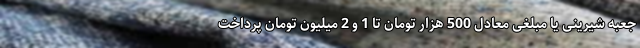
جعبه شیرینی یا مبلغی معادل 500 هزار تومان تا 1 و 2 میلیون تومان پرداخت